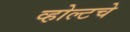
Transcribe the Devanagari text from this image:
व्होल्टचे